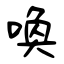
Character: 喚